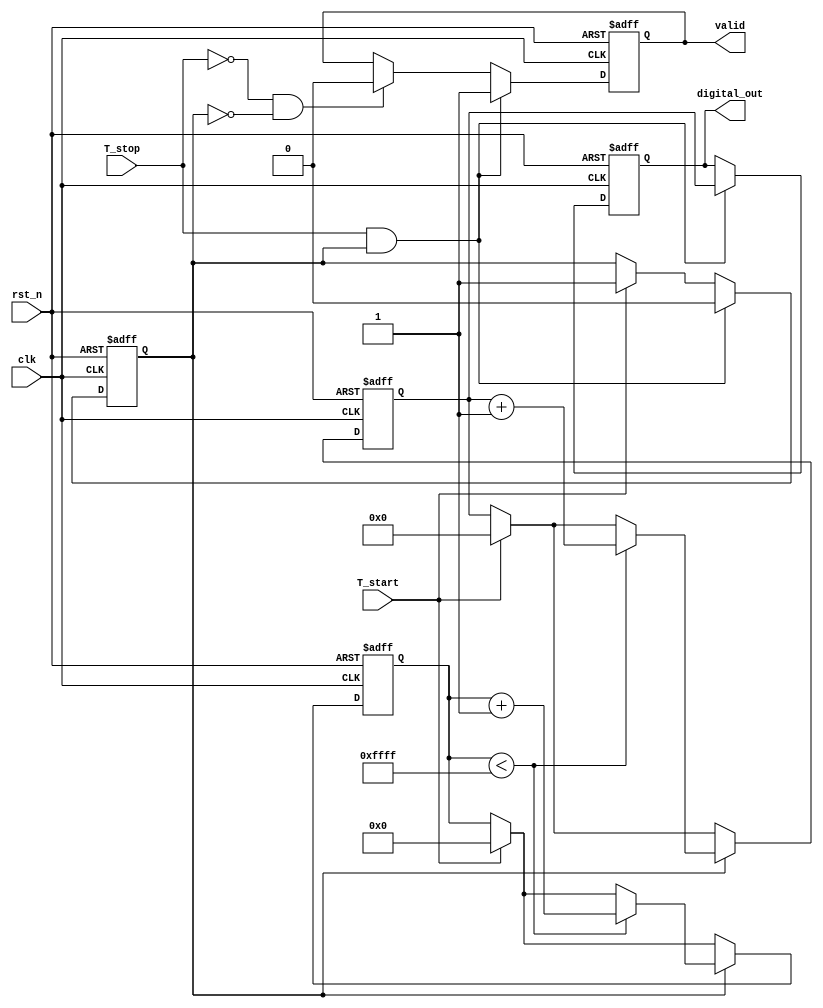
module TDC (
    input wire clk,           // System clock
    input wire rst_n,        // Active low reset
    input wire T_start,      // Start signal
    input wire T_stop,       // Stop signal
    output reg [15:0] digital_out, // Digital output representing the time interval
    output reg valid         // Output validation flag
);

    reg [15:0] voltage; // Analog voltage representation in digital form
    reg charging;       // Charging state flag
    reg [23:0] counter; // Counter for time measurement (assuming 1 count = 1 clock cycle)
    
    // Parameters
    parameter CHARGE_RATE = 16'd1; // Rate at which the voltage increases, can be adjusted
    parameter MAX_VOLTAGE = 16'hFFFF; // Maximum voltage representation (full scale)
    
    // State machine for TDC operation
    always @(posedge clk or negedge rst_n) begin
        if (!rst_n) begin
            voltage <= 16'd0;
            counter <= 24'd0;
            digital_out <= 16'd0;
            valid <= 1'b0;
            charging <= 1'b0; 
        end else begin
            if (T_start) begin
                // Start charging the capacitor
                charging <= 1'b1;
                counter <= 24'd0; // Reset counter on start
                voltage <= 16'd0; // Reset voltage
            end
            
            if (charging) begin
                // Emulate capacitor charging
                if (counter < MAX_VOLTAGE) begin
                    voltage <= voltage + CHARGE_RATE;
                    counter <= counter + 1;
                end
            end
            
            if (T_stop && charging) begin
                // Stop charging on stop signal
                charging <= 1'b0;
                digital_out <= voltage; // Capture final voltage as digital output
                valid <= 1'b1; // Indicate valid output
            end else if (!T_stop && !charging) begin
                valid <= 1'b0; // Reset valid flag if not charging
            end
        end
    end
endmodule